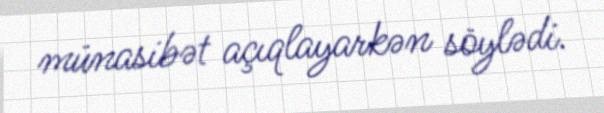
münasibət açıqlayarkən söylədi.